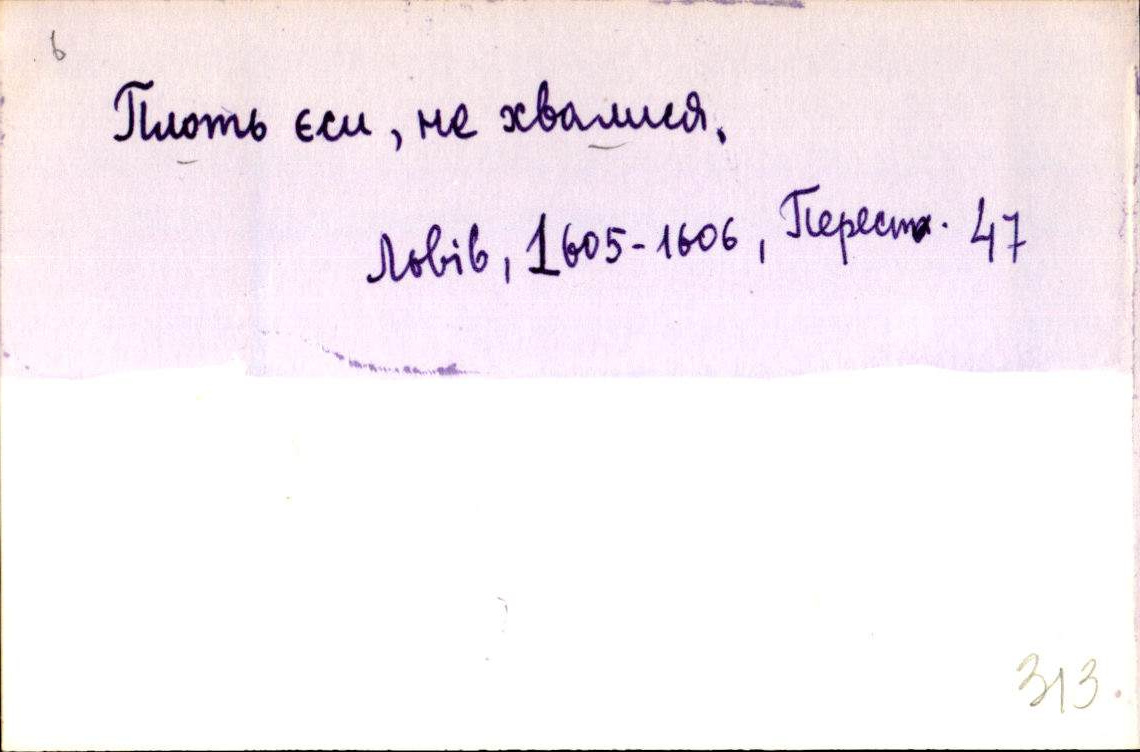
Плоть єси, не хвалися.
Львів, 1605-1606, Перест. 47